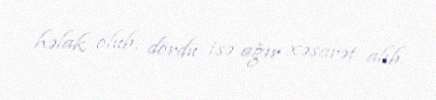
həlak olub, dördü isə ağır xəsarət alıb.